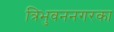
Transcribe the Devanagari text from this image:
त्रिभुवननगरका